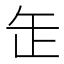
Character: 𦈢